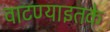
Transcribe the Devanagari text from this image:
वाटण्याइतके